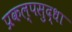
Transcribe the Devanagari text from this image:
प्रकल्पसुद्धा